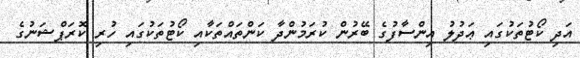
އަދި ކޯޓުތަކުގައި ޢަދުލު އިންސާފުގެ ބޭރުން ކުރަމުންދާ ކަންތައްތަކާއި ކޯޓުތަކުގައި ހުރި ކޮރަޕްޝަނުގެ